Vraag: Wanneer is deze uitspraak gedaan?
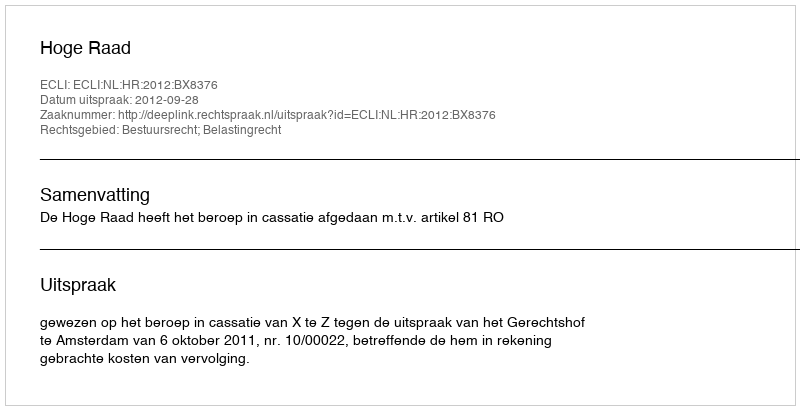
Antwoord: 2012-09-28